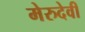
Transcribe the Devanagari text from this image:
मेरुदेवी